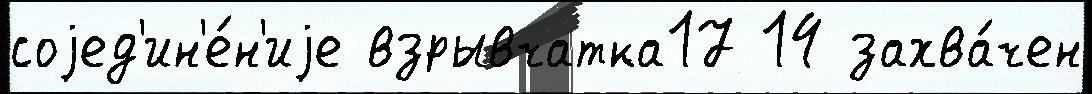
соjед'ин'е́н'иjе взрывчатка17 14 захва́чен